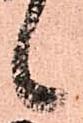
候